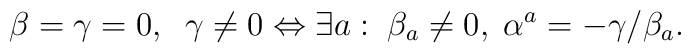
\beta=\gamma=0,\;\;\gamma\neq0\Leftrightarrow\exists a:\;\beta_a\neq0,\;\alpha^a= -\gamma/\beta_a.